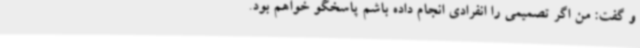
و گفت: من اگر تصمیمی را انفرادی انجام داده باشم پاسخگو خواهم بود.